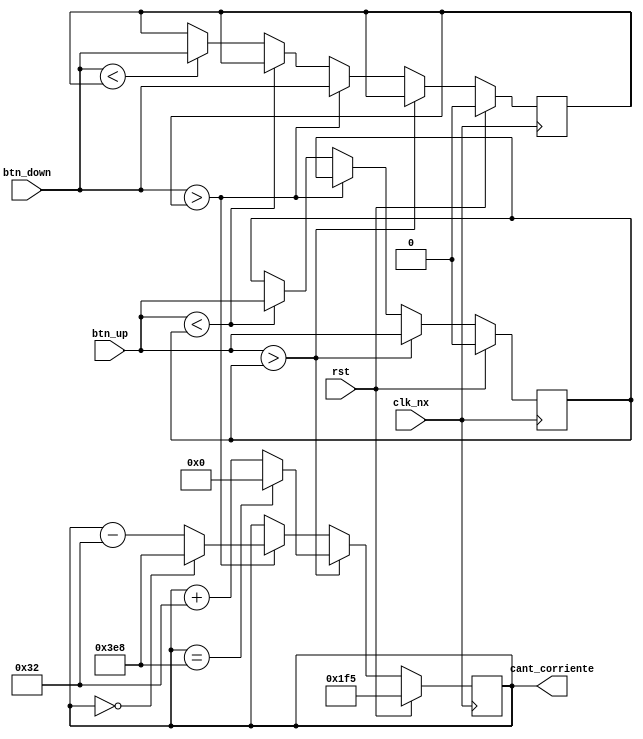
`timescale 1ns / 1ps
//////////////////////////////////////////////////////////////////////////////////
// Company: 
// Engineer: 
// 
// Design Name: 
// Module Name:    BBBBB 
// Project Name: 
// Target Devices: 
// Tool versions: 
// Description: 
//
// Dependencies: 
//
// Revision: 
// Revision 0.01 - File Created
// Additional Comments: 
//
//////////////////////////////////////////////////////////////////////////////////
module BBBBB(
	 input btn_up,
	 input btn_down,
	 input clk_nx,
	 input rst,
	 output [9:0] cant_corriente
    );
	 
	 reg [9:0] cuenta;
	 reg referencia_up;
	 reg referencia_down;
	 
	 always @(posedge clk_nx)
	 begin
		if (rst)
		begin	
			cuenta=10'd501;
			referencia_up=0;
			referencia_down=0;
		end
		else if (btn_up>referencia_up)
		begin
			referencia_up=btn_up;
			if (cuenta==10'd1000)						//condicion debido al limite de corriente
				cuenta=10'd0;
			else
				cuenta=cuenta+10'd50;
		end
		else if (btn_down>referencia_down)
		begin
			referencia_down=btn_down;
			if (cuenta==0)						//condicion debido al limite de corriente
				cuenta=10'd1000;
			else
				cuenta=cuenta-10'd50;
		end
		else if (btn_up<referencia_up) referencia_up=btn_up;
		else if (btn_down<referencia_down) referencia_down=btn_down;
	 end
	 assign cant_corriente=cuenta;

endmodule